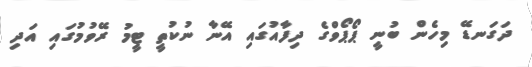
ދަގަނޑޭ މިހެން ބުނީ ޕޯޕޯވްގެ ދިފާއުގައި އޭނާ ނުކުތީ ޓީމު ރޭވުމުގައި އަދި